Vaccination in the Punjab 1919-1929 - 1919-1929
Year: 1919
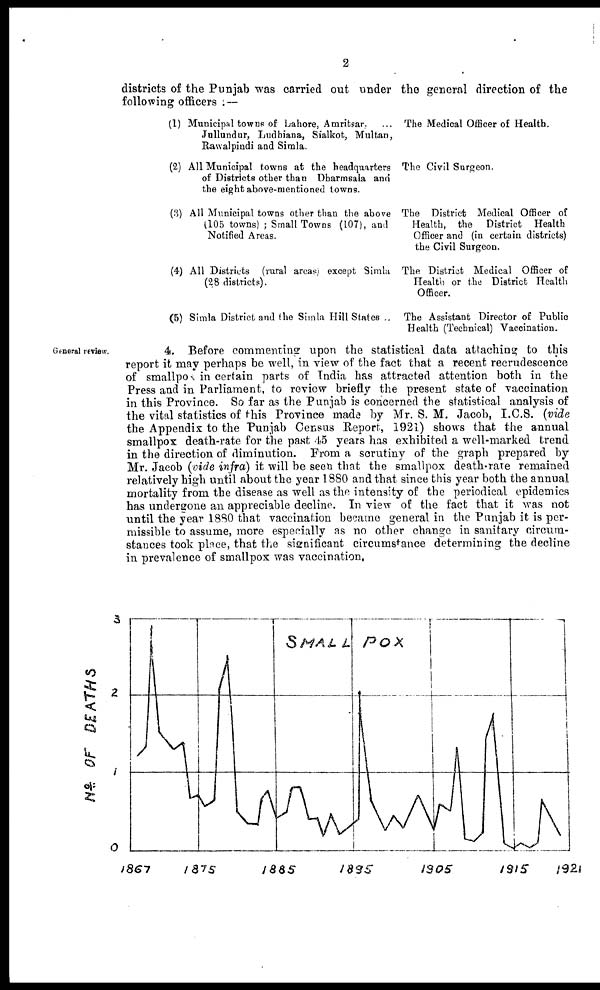
2
districts of the Punjab was carried out under the general direction of the
following officers .—
(1)
(2)
(3)
(4)
(5)
Municipal towns of Lahore, Amritsar. ...
Jullundur, Ludhiana, Sialkot, Multan,
Rawalpindi and Simla.
All Municipal towns at the headquarters
of Districts other than Dharmsala and
the eight above-mentioned towns.
All Municipal towns other than the above
(105 towns) ; Small Towns (107), and
Notified Areas.
All Districts (rural areas except Simla
(28 districts).
Simla District and the Simla Hill States ...
The Medical Officer of Health.
The Civil Surgeon.
The District Medical Officer of
Health, the District Health
Officer and (in certain districts)
the Civil Surgeon.
The District Medical Officer of
Health or the District Health
Officer.
The Assistant Director of Public
Health (Technical) Vaccination.
General review.
4. Before commenting upon the statistical data attaching to this
report it may perhaps be well, in view of the fact that a recent recrudescence
of smallpox in certain parts of India has attracted attention both in the
Press and in Parliament, to review briefly the present state of vaccination
in this Province. So far as the Punjab is concerned the statistical analysis of
the vital statistics of this Province made by Mr. S. M. Jacob, I.C.S. (vide
the Appendix to the Punjab Census Report, 1921) shows that the annual
smallpox death-rate for the past 45 years has exhibited a well-marked trend
in the direction of diminution. From a scrutiny of the graph prepared by
Mr. Jacob (vide infra) it will be seen that the smallpox death-rate remained
relatively high until about the year 1880 and that since this year both the annual
mortality from the disease as well as the intensity of the periodical epidemics
has undergone an appreciable decline. In view of the fact that it was not
until the year 1880 that vaccination became general in the Punjab it is per-
missible to assume, more especially as no other change in sanitary circum-
stances took place, that the significant circumstance determining the decline
in prevalence of smallpox was vaccination,